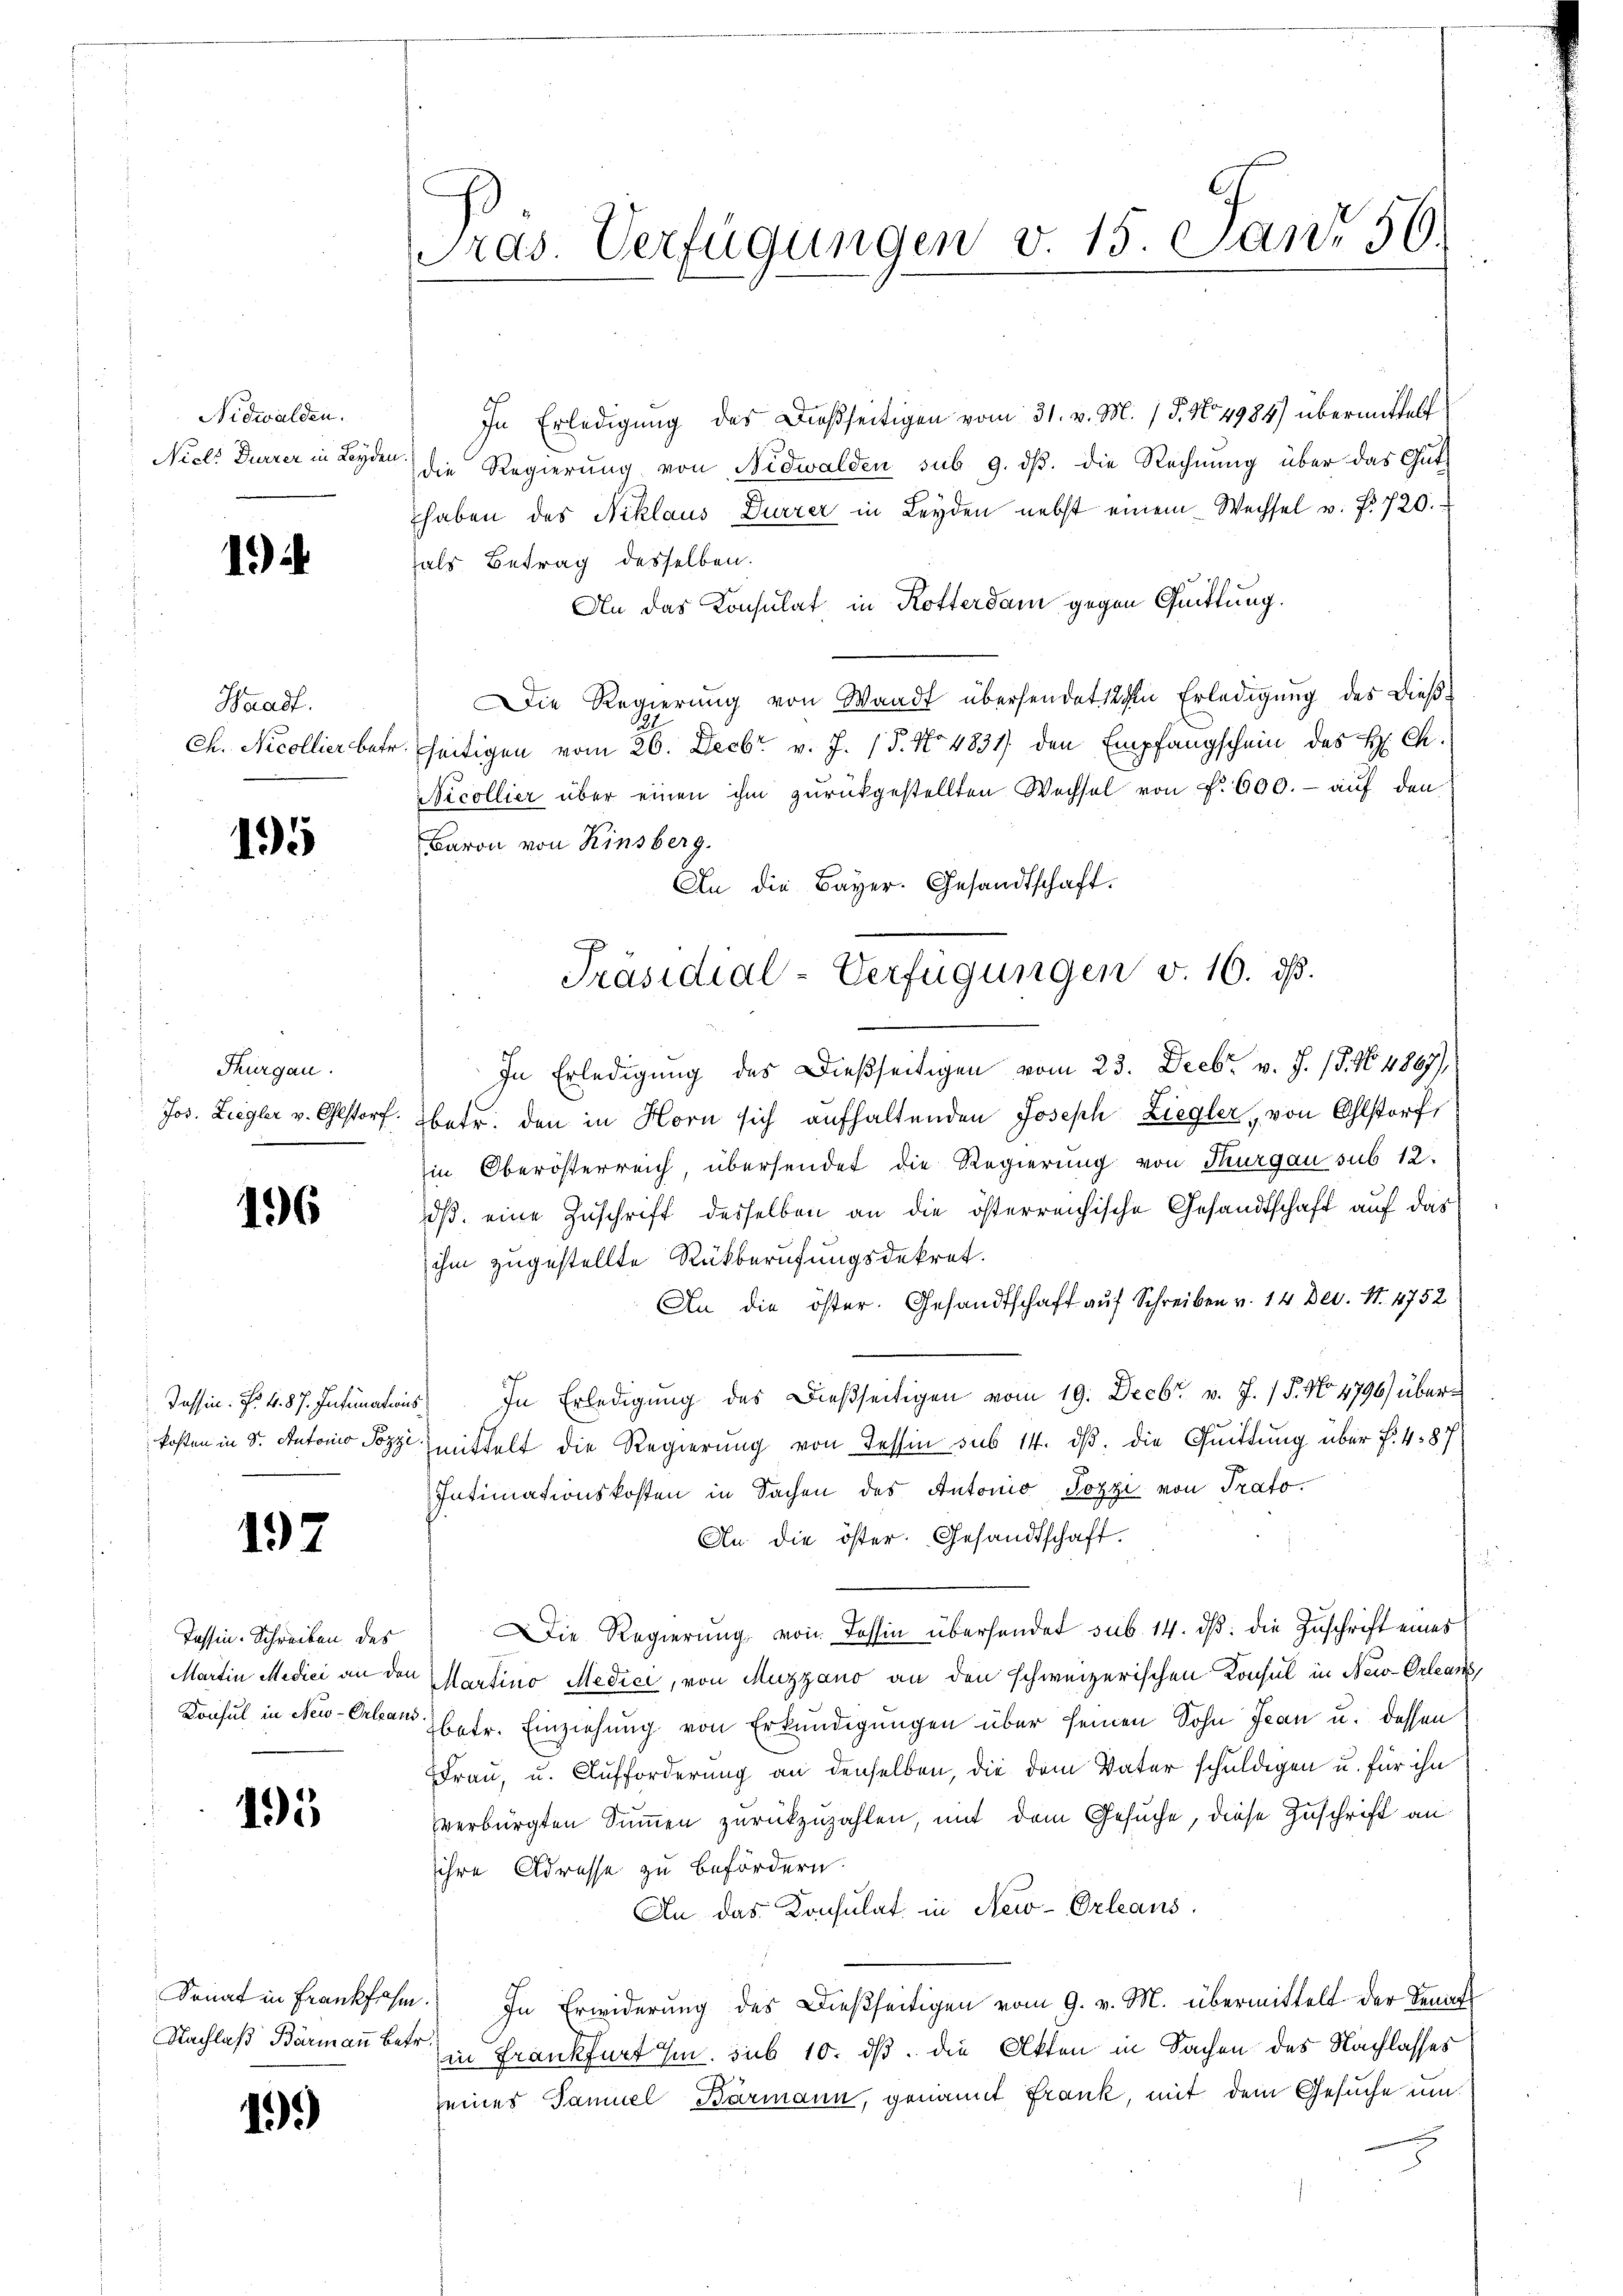
Nidwalden.
Nicl. Durrer in Leyde

1.)

Headf.
Ch. Nicollier bat

195

Thurgau.
Jos. Ziegler v. Olstorf.

196

197

Tessin. Schreiben des

195

Nachlaß Barmann Betr.

15)

Pras. Verfügungen v. 15. Janr 56.

In Erledigung des Dießseitigen vom 31. v. M. 15. No 4984) übermittelt
die Regierung von Nidwalden sub 9. ds. die Rechnung über das Gut
haben des Niklaus Dürrer in Leyden nebst einem Wechsel u. f. 720.
als Betrag desselben.
An das Konsulat in Rotterdam gegen Quittung.
Die Regierung von Waadt übersendet 12 den Erledigung des dießseitigen vom 26. Decbr v. J. (T. No 4831) den Empfangschein des H. Ch.
Nicollier über einen ihm zurückgestellten Wechsel von . 600. - auf den
Baron von Rinsberg.
An die Bayer. Gesandtschaft.
In Erledigung des Dießseitigen vom 23. Decbr. v. J. 15. 164867)
betr. den in Horn sich aufhaltenden Joseph Ziegler, von Olstorf,
in Oberösterreich, übersendet die Regierung von Thurgau sub 12.
dß eine Zuschrift desselben an die österreichische Gesandtschaft auf das
ihm zugestellte Rückberufungsdekret.
An die öster. Gesandtschaft auf Schreiben v. 14 Dec. S. 4752
Tessin. F. 4. 87. Intimations, In Erledigung des Dießseitigen vom 19. Decbr v. J. 18. No 4790) überkosten in d. So Szymittelt die Regierung von Tessin sub 14. dβ. die Quittung über f. 487
Intimationskosten in Sachen des Antonio Pozzi von Trafo
An die öster. Gesandtschaft.
Die Regierung von Tessin überhandet sub. 14. ds. die Zuschrift eines
Martin Medici an den Martino Medici, von Muzzano an den schweizerischen Konsul in New-Orleans
Konsul in New-Orleans betr. Einziehung von Erkundigungen über seinen Sohn Jean u. dessen
Frau, u. Aufforderung an denselben, die dem Vater schuldigen u. für ihn
verbürgten Summen zurückzuzahlen, mit dem Gesuche, diese Zuschrift an
ihre Adresse zu befördern.
An das Konsulat in New-Orleans
Senat in Frankfahr.) In Erwiderung des Dießseitigen vom 9. v. M. übermittelt der Senatt
in Frankfurt Im sub 10. ds. die Akten in Sachen des Nachlasses
seines Samuel Barmann, genannt Frank, mit dem Gesuche um

Präsidial-Verfügungen v. 10. ds.